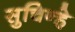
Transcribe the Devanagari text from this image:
सुचिन्हे